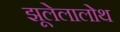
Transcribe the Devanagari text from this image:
झूलेलालोथ